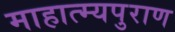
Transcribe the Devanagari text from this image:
माहात्म्यपुराण